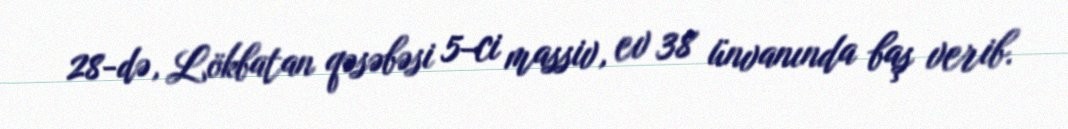
28-də, Lökbatan qəsəbəsi 5-ci massiv, ev 38 ünvanında baş verib.